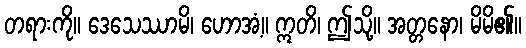
တရားကို။ ဒေသေဿာမိ၊ ဟောအံ့။ ဣတိ၊ ဤသို့။ အတ္တနော၊ မိမိ၏။